Report on lock hospitals in British Burma
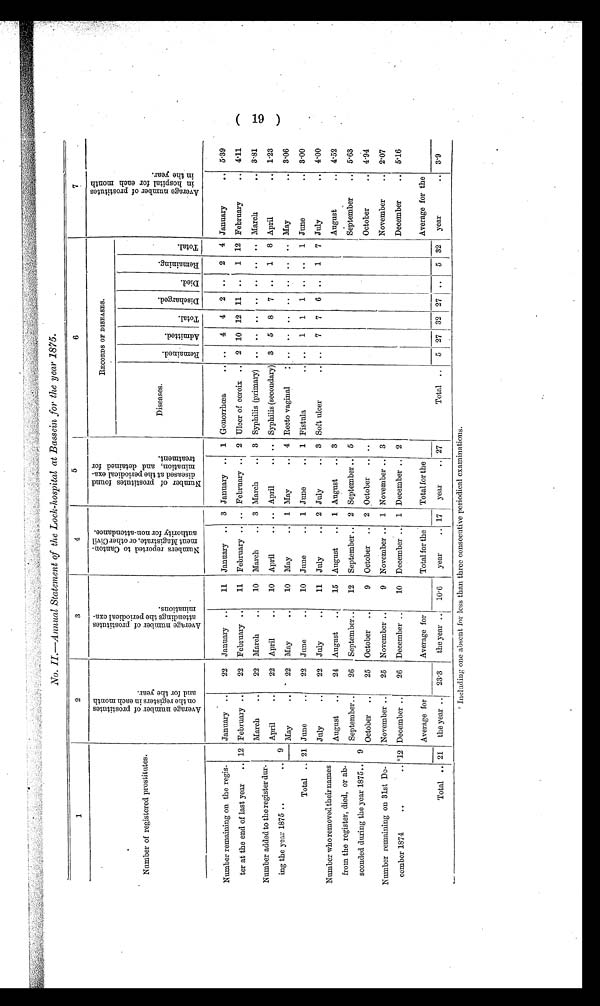
No. II.—Annual Statement of the Lock-hospital at Bassein for the year 1875.
1
2
3
4
5
6
RECORDS OF DISEASES.
A v e r a g e n u m b e r o f p r o s t i t u t e s
i n h o s p i t a l f o e a c h m o t h
i n t h e y e a r .
Number of registered prostitutes.
A v e r a g e n u m b e r o f p r o s t i t u t e s
o n t h e r e g i s t e r s i n e a c h m o n t h s
a n d f o r t h e y e a r .
A v e r a g e n u m b e r o f p r o s t i t u t e s
a t t e n d i n g t h e p e r i o d i c a l e x a -m
i n a t i o n s .
N u m b e r s r e p o r t e d t o C a r t o n -
m e n t M a g i s t r a t e , o r o t h e r C i v i l
a u t h o r i t y f o r n o n - a t t e n d a n c e .
N u m b e r o f p r o s i t u t e s f o u n d
d i s e a s e d a t t h e p e r i o d i c a l e x a -
m i n a t i o n , a n d d e t a i n e d f o
t r e a t m e n t .
Diseases.
R e m a i n e d .
A d m i t t e d .
T o t a l .
D i s c h a r g e d .
D i e d .
R e ma i n i n g
T o t a l
Number remaining on the regis-
ter at the end of last year
..
January ..
22 January ..
11
January .. 3 January .. 1 Gonorrhœa
.. ..
4
4
2 ..
2
4 January
.. 5.39
12 February ..
22 February ..
11
February .. .. February .. 2 Ulcer of ceroix .. 2 10 12 11
. .
1 12 February
.. 4.11
Number added to the register dur-
ing the year 1875 ..
..
March
..
22 March
..
10
March
.. 3 March
.. 3 Syphilis (primary)
..
.. ..
..
..
..
.. March
3.81
9
April
..
22 April
..
10
April
.. .. April
.. .. Syphilis (secondary) 3
5
8
7
..
1
8 April
1.23
May
..
22
May
..
10
May
. . 1 May
.. 4 Recto vaginal
..
. .
. .
. .
. . ..
. . May
.. 3.06
21
Total ..
June
..
22
June
..
10
June
.. 1 June
.. 1 Fistula
.. ..
1
1
1
..
..
1 June
.. 3.00
Number who removed their names
from the register, died, or ab-
seonded during the year 1875..
July
..
22 July
..
11
July
.. 2 July..
Soft ulcer
.. ..
7
7
6 ..
1
7 July
.. 4.00
August
..
24
August
15 August
.. 1 August
.. 3
August
.. 4.52
9
September ..
26
September ..
12
September .. 2 September .. 5
September
.. 5.63
October
..
25 October
..
9
October
.. 2 October
.. ..
October
.. 4.94
Number remaining on 31st De-
comber 1874
..
..
November ..
25 November ..
9
November .. 1 November .. 3
November
.. 2.07
*12 December ..
26 December ..
10
December .. 1 December .. 2
December
.. 5.16
Total ..
Average for
the year ..
Average for
the year .. I
Total for the
year ..
Total for the
year
..
Total ..
Average for the
year
..
23.3
10.6
17
27
5 27 32 27 ..
5 32
3.9
21
Including one absent for less than three consecutive periodical examinations.
(19)